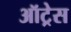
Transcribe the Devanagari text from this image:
ऑट्रेस